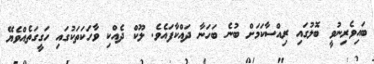
ބައިވެރިނުވީ ބޮލުގައި ރިއްސާކަމަށް ބުނެ ބަހަނާ ދައްކާފައެވެ. ލޫކް ދެއްކި ވާހަކަތަކުގައި ހަގީގަތެއްވެޔޭ